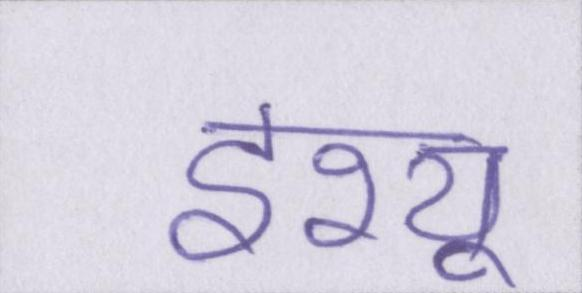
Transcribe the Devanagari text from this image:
इश्यू